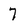
Character: 7